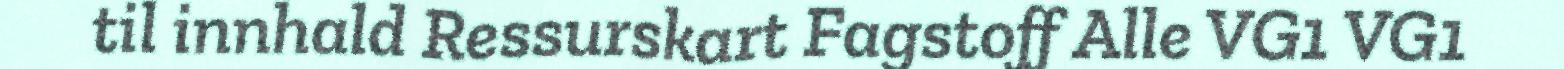
til innhald Ressurskart Fagstoff Alle VG1 VG1